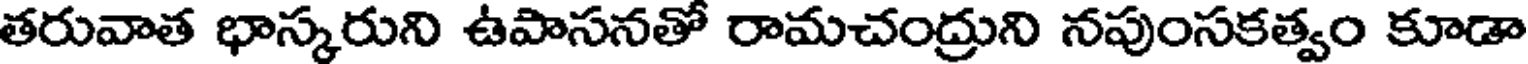
తరువాత భాస్కరుని ఉపాసనతో రామచంద్రుని నపుంసకత్వం కూడా